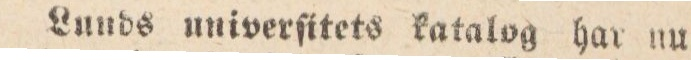
Lunds univerſitets katalog har nu